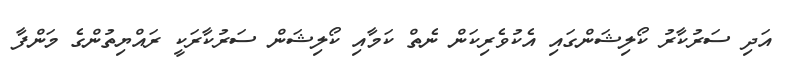
އަދި ސަރުކާރު ކޯލިޝަންގައި އެކުވެރިކަން ނެތް ކަމާއި ކޯލިޝަން ސަރުކާރަކީ ރައްޔިތުންގެ މަންފާ